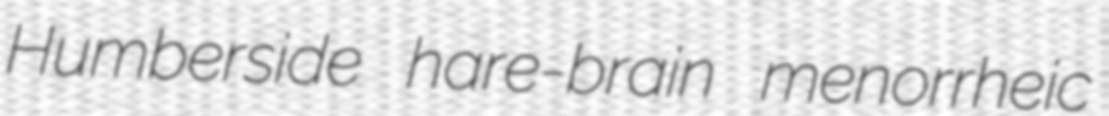
Humberside hare-brain menorrheic